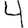
Digit: 4